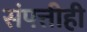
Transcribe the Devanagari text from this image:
संपत्तीही